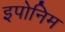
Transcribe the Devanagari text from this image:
इपोनिम